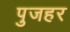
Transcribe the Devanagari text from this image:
पुजहर